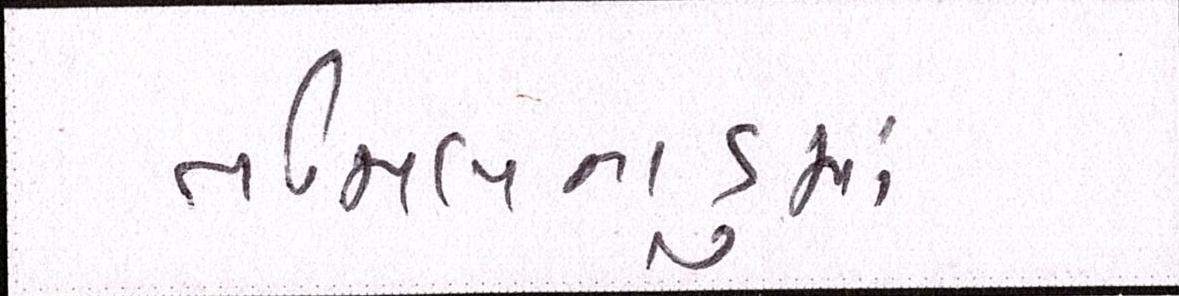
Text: તમિલનાડુમાં